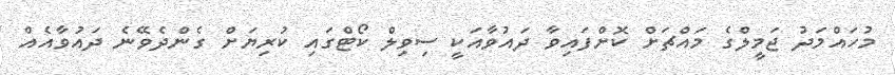
މުހައްމަދު ޖަމީލްގެ މައްޗަށް ކޮށްފައިވާ ދައުވާއަކީ ސިވިލް ކޯޓްގައި ކުރިޔަށް ގެންދެވޭނެ ދައުވާއެއް